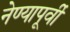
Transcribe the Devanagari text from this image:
नेण्यापूर्वी